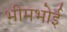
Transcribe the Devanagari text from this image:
भीमभोई